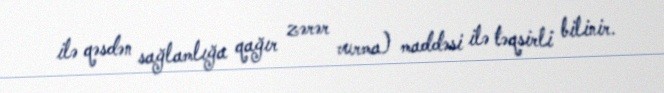
ilə qəsdən sağlamlığa qağır zərər vurma) maddəsi ilə təqsirli bilinir.